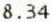
8.34